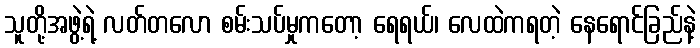
သူတို့အဖွဲ့ရဲ့ လတ်တလော စမ်းသပ်မှုကတော့ ရေရယ်၊ လေထဲကရတဲ့ နေရောင်ခြည်နဲ့